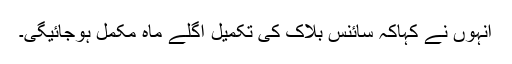
انہوں نے کہاکہ سائنس بلاک کی تکمیل اگلے ماہ مکمل ہوجائیگی۔